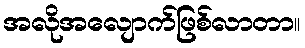
အလိုအလျောက်ဖြစ်လာတာ။